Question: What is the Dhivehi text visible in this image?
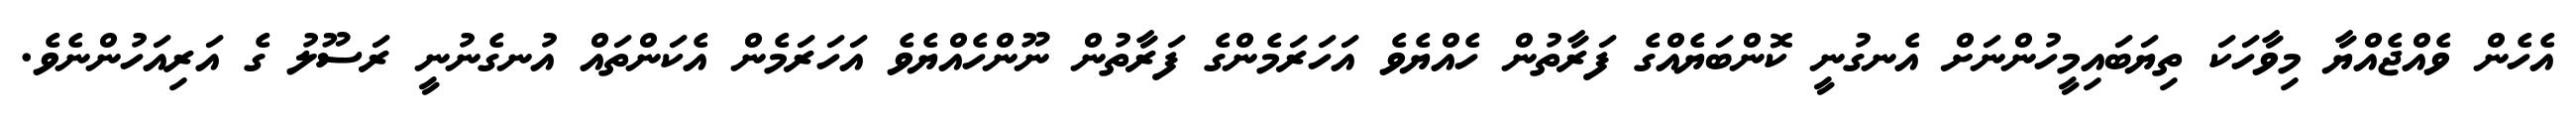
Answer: އެހެން ވެއްޖެއްޔާ މިވާހަކަ ތިޔަބައިމީހުންނަށް އެނގުނީ ކޮންބަޔެއްގެ ފަރާތުން ހެއްޔެވެ އަހަރަމެންގެ ފަރާތުން ނޫންހެއްޔެވެ އަހަރަމެން އެކަންތައް އުނގެނުނީ ރަސޫލު ގެ އަރިއަހުންނެވެ.